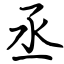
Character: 丞